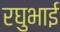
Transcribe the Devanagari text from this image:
रघुभाई